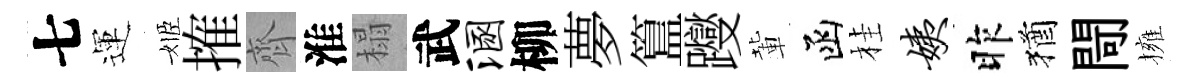
七運姬搉齊淮榻武溷柳夢簋躞輩函桂姨昨猶閜擁